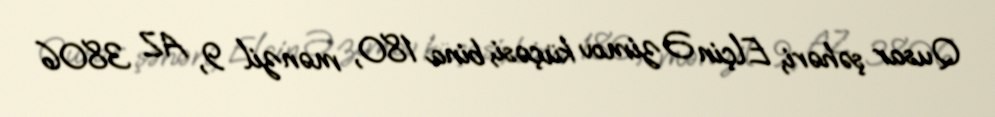
Qusar şəhəri, Elçin Əzimov küçəsi, bina 180, mənzil 9, AZ 3806